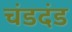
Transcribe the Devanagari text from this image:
चंडदंड